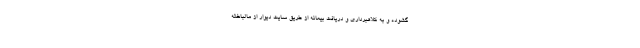
گشوده و به کلاهبرداری و دریافت بیعانه از طریق سایت دیوار از مالباخته